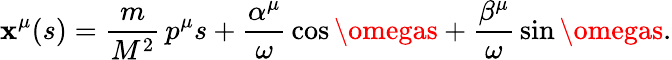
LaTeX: \mathbf{x}^{\mu}(s)=\frac{{m}}{{M^{2}}}\, p^{\mu}s+\frac{{\alpha^{\mu}}}{{\omega}}\, \cos\omegas+\frac{{\beta^{\mu}}}{{\omega}}\, \sin\omegas.